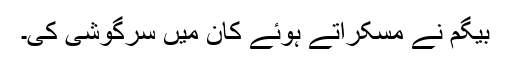
بیگم نے مسکراتے ہوئے کان میں سرگوشی کی۔